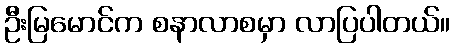
ဦးမြမောင်က စနာလာစမှာ လာပြပါတယ်။